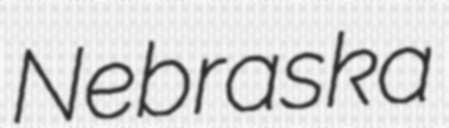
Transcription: Nebraska